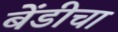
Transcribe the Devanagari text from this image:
बेंडीचा